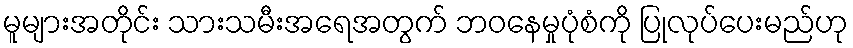
မူများအတိုင်း သားသမီးအရေအတွက် ဘဝနေမှုပုံစံကို ပြုလုပ်ပေးမည်ဟု